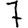
Digit: 7